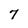
Character: 7